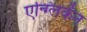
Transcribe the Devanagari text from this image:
एन्ग्लिकेंन